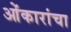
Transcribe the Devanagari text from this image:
ओंकारांचा